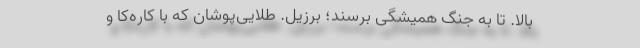
بالا. تا به جنگ همیشگی برسند؛ برزیل. طلایی‌پوشان که با کاره‌کا و